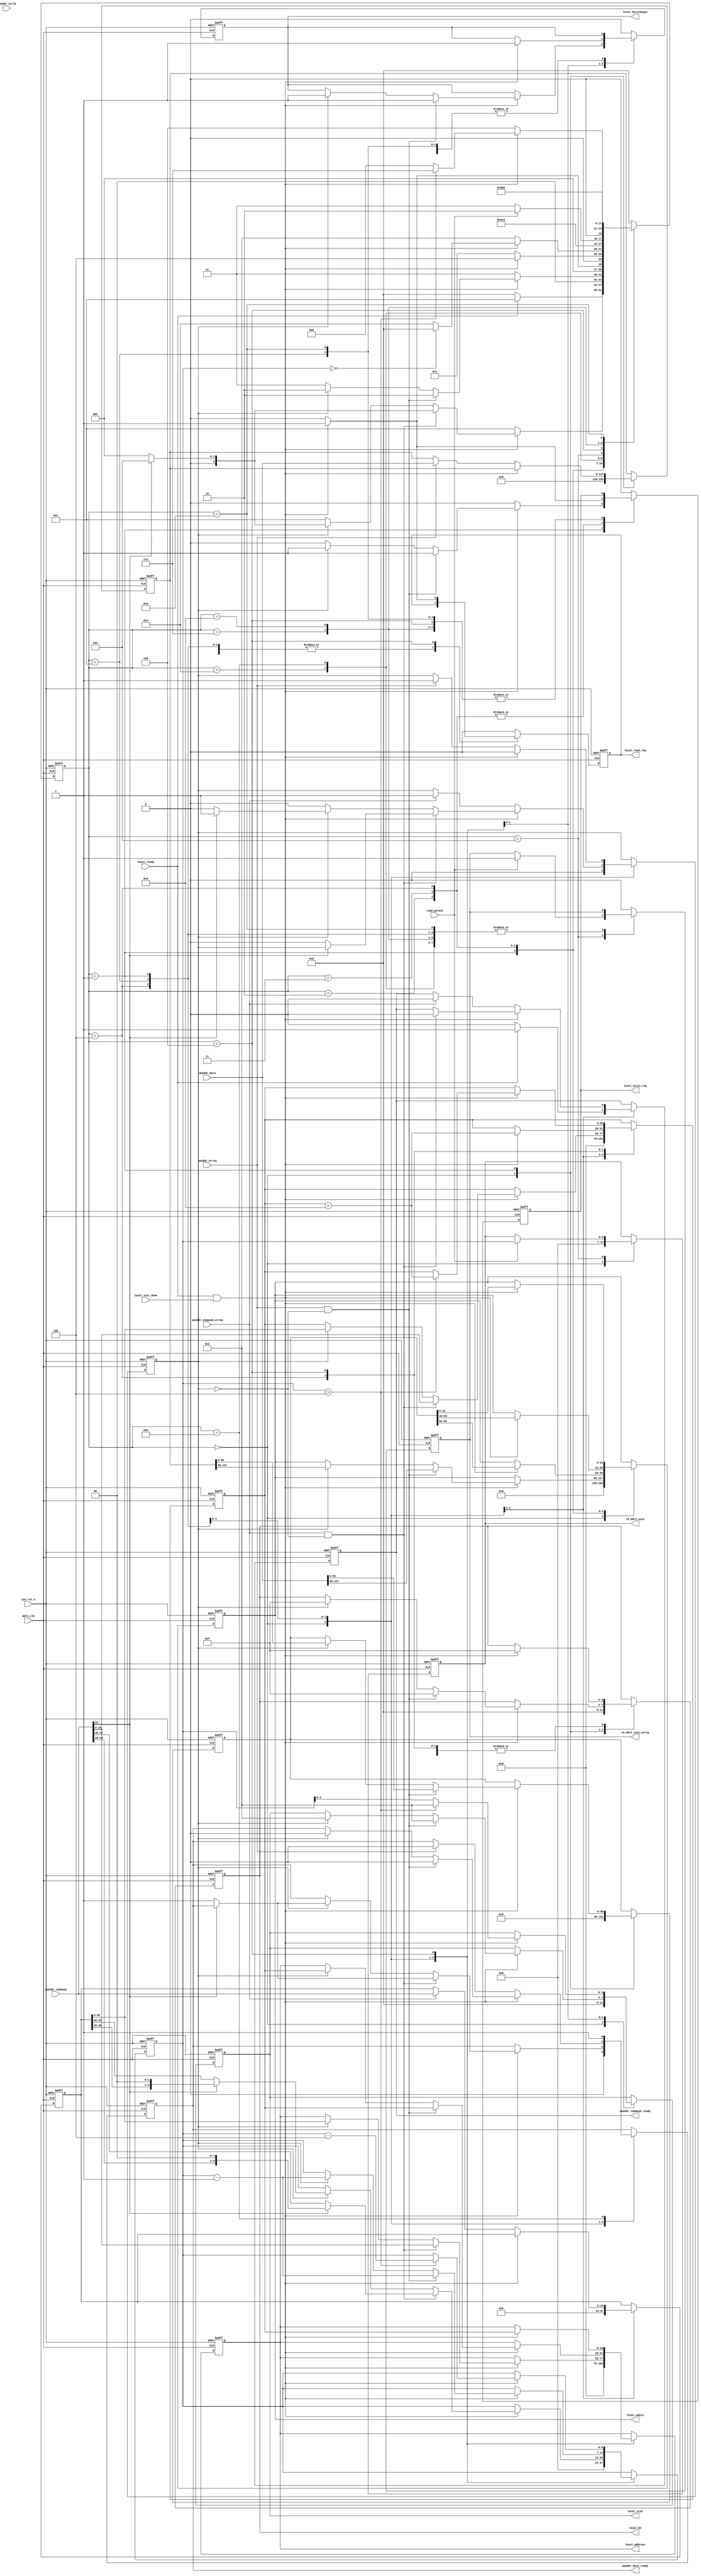
module ddr2_ctrl_input(
sys_rst_n,

ddr2_clk,
local_init_done,
local_ready,
local_address,
local_read_req,
local_write_req,
local_wdata,
local_be,
local_size,
local_burstbegin,


um2ddr_wrreq,
um2ddr_data,
um2ddr_data_ready,
um2ddr_command_ready,
um2ddr_command_wrreq,
um2ddr_command,
um2ddr_wrclk,
rd_ddr2_size,
rd_ddr2_size_wrreq,
read_permit
);
input          sys_rst_n;
input          ddr2_clk;
input		      local_ready;

input		      local_init_done;
		
output[25:0]	local_address;
output		   local_write_req;
output		   local_read_req;
output		   local_burstbegin;
output[31:0]	local_wdata;
output[3:0]    local_be;
output[3:0]	   local_size;

input          um2ddr_wrclk;
input          um2ddr_wrreq;
input	[127:0]  um2ddr_data; 
output         um2ddr_command_ready;
output         um2ddr_data_ready;
input          um2ddr_command_wrreq;
input	[33:0]   um2ddr_command;

output[6:0]    rd_ddr2_size;
output         rd_ddr2_size_wrreq;
input          read_permit;

/////////////////////////////////////
reg[25:0]	local_address;
reg		   local_write_req;
reg		   local_read_req;
reg		   local_burstbegin;
reg[31:0]	local_wdata;
reg[3:0]    local_be;
reg[3:0]	   local_size;
reg        um2ddr_data_ready;
reg        um2ddr_command_ready;
reg[6:0]    rd_ddr2_size;
reg         rd_ddr2_size_wrreq;
reg[95:0]   um2ddr_reg;
///////////////////////////////////
reg [6:0]  pkt_len;
reg [1:0]  shift;
reg [25:0] op_addr;
reg [33:0] command_reg;
reg [127:0] data_reg;
reg flag;
reg [3:0]  state;
///////////////////////////////////

///////////////////////////////////
parameter idle_s     = 4'h0,
          wr_start_s = 4'h1,
			 wr_mid_fs  = 4'h2,
			 wr_mid_sd  = 4'h3,
			 wr_end_s   = 4'h4,
			 rd_start_s = 4'h5,
			 rd_s       = 4'h6,
			 wait_s     = 4'h7,
			 wait_s1    =4'h8,
			 wait_s2    =4'h9,
			 wait_w     =4'ha,
			 wait_w1 =4'hb,
			 command=4'hc;
always@(posedge ddr2_clk or negedge sys_rst_n)
begin
    if(~sys_rst_n)begin
		   local_write_req      <= 1'b0;
		   local_read_req       <= 1'b0;
		   local_burstbegin     <= 1'b0;
			rd_ddr2_size_wrreq   <= 1'b0;
			command_reg<=34'b0;
			flag<=1'b0;
			data_reg<=128'b0;
			um2ddr_reg           <= 96'b0;
			shift                <= 2'b0;			
			local_address<=26'b0;
			local_wdata<=32'b0;
			local_be<=4'b0;
			local_size<=4'b0;
			um2ddr_data_ready<=1'b0;
			um2ddr_command_ready<=1'b0;
			rd_ddr2_size<=7'b0;
///////////////////////////////////
			pkt_len<=7'b0;
			shift<=2'b0;
			op_addr<=26'b0;			
			state <= idle_s;
	   end
	 else begin
	    case(state)
		   idle_s:begin
			local_write_req      <= 1'b0;
			local_read_req       <= 1'b0;
			local_burstbegin     <= 1'b0;
			rd_ddr2_size_wrreq   <= 1'b0;
			command_reg<=34'b0;
			flag<=1'b0;
			data_reg<=128'b0;
			um2ddr_reg           <= 96'b0;
			shift                <= 2'b0;			
			local_address<=26'b0;
			local_wdata<=32'b0;
			local_be<=4'b0;
			local_size<=4'b0;
			um2ddr_data_ready<=1'b0;
			um2ddr_command_ready<=1'b0;
			rd_ddr2_size<=7'b0;
///////////////////////////////////
			pkt_len<=7'b0;
			shift<=2'b0;
			op_addr<=26'b0;	
			    if(local_ready)begin
					um2ddr_command_ready<=1'b1;
					state  <= command;					
				end
				else begin
				state <= idle_s;
				end
			end
			command:begin
			if(local_ready && local_init_done)begin
				if(um2ddr_command_wrreq && flag==1'b0) begin			
					um2ddr_command_ready<=1'b0;
				    op_addr              <= um2ddr_command[25:0];
					 pkt_len              <= um2ddr_command[32:26];
					 local_address        <= um2ddr_command[25:0];
				    if(um2ddr_command[33])begin//read ddr2
					    pkt_len        <= um2ddr_command[32:26]<<2;
						 state          <=  rd_start_s;
						end
						else begin
							um2ddr_data_ready <= 1'b1;
							state <= wr_start_s;
							flag<=1'b0;
						end
					end
				  else if( flag==1'b1) begin
						 op_addr              <= command_reg[25:0];
					 pkt_len              <= command_reg[32:26];
					 local_address        <= command_reg[25:0];
				    if(um2ddr_command[33])begin//read ddr2
					    pkt_len        <= command_reg[32:26]<<2;
						 state          <=  rd_start_s;
						end
						else begin
							um2ddr_data_ready <= 1'b1;
							state <= wr_start_s;
							flag<=1'b0;
						end
					end
				else begin
				 state <= command;
				end
			end//endlocal_ready && local_init_done
			else begin
				if(um2ddr_command_wrreq)begin
					um2ddr_command_ready<=1'b0;
					flag<=1'b1;
					command_reg<=um2ddr_command;
					state          <=  command;
				end
				else begin
					state <= command;
				end
			end
		end
			wr_start_s:begin 
				  local_write_req   <= 1'b0;
			   if(local_ready && local_init_done )begin
				 if(um2ddr_wrreq && flag==1'b0) begin
					um2ddr_data_ready         <= 1'b0;
				    local_write_req   <= 1'b1;
					local_burstbegin  <= 1'b1;
					local_be          <= 4'hf;
					local_size        <= 4'h4;
					pkt_len           <= pkt_len - 1'b1;
					local_address     <= op_addr ;
					local_wdata       <= um2ddr_data[127:96];
				    um2ddr_reg        <= um2ddr_data[95:0];	 
					state             <= wr_mid_fs;
					flag<=1'b0;
				  end
				  else if( flag==1'b1)begin
					um2ddr_data_ready         <= 1'b0;
				   local_write_req   <= 1'b1;
					local_burstbegin  <= 1'b1;
					local_be          <= 4'hf;
					local_size        <= 4'h4;
					pkt_len           <= pkt_len - 1'b1;
					local_address     <= op_addr ;
					local_wdata       <= data_reg[127:96];
				    um2ddr_reg        <= data_reg[95:0];	 
					state             <= wr_mid_fs;
					flag<=1'b0;
					end
					else begin
				    state <= wr_start_s;
					 
					end
				end
			  else begin
				if(um2ddr_wrreq)begin
					um2ddr_data_ready         <= 1'b0;
					data_reg<=um2ddr_data;
					state <= wr_start_s;
					flag<=1'b1;
				end
				else begin
				state <= wr_start_s;
				end
				end
			end
			wr_mid_fs:
			   begin
			   local_write_req   <= 1'b0;
			      if(local_ready && local_init_done)
					 begin
					  local_write_req   <= 1'b1;
					  local_burstbegin  <= 1'b0;
					
					  local_be          <= 4'hf;
					  local_wdata       <= um2ddr_reg[95:64];
					  state             <= wr_mid_sd;
					 end
					else
					 begin
					  local_burstbegin  <= 1'b0;
					 
					  state             <= wr_mid_fs;
					 end
				end
			wr_mid_sd:
			   begin
			   local_write_req   <= 1'b0;
	 		      if(local_ready && local_init_done)
					 begin
					  local_write_req   <= 1'b1;
					  
					  local_be          <= 4'hf;
					  local_wdata       <= um2ddr_reg[63:32];
					  state             <= wr_end_s;
					 end
					else
					 begin
					  state             <= wr_mid_sd;
					 end
				end
			wr_end_s:
			   begin
			   local_write_req   <= 1'b0;
					if(local_ready && local_init_done)
					 begin
					  local_write_req   <= 1'b1;
					 
					  local_be          <= 4'hf;
					  local_wdata       <= um2ddr_reg[31:0];
					  op_addr           <= op_addr + 4'h8;
					  if(pkt_len == 7'h0)
					   begin
					    state      <= idle_s;
					   end
					  else
					   begin
					    
					    state             <= wait_w;
					   end
					 end
					else
					 begin
					  state             <= wr_end_s;
					 end
				end
			wait_w:begin
				local_write_req   <= 1'b0;
				state      <= wait_w1;
			end
			wait_w1:begin
				um2ddr_data_ready      <= 1'b1;
				state      <= wr_start_s;
			end
			
			
			
			
		   rd_start_s:begin
			
			      if(read_permit==1'b0)begin
					    state <= rd_start_s;
					  end
					else begin
					    rd_ddr2_size       <= pkt_len;
						 rd_ddr2_size_wrreq <= 1'b1;
						 state  <= rd_s;
					  end
			   end
			rd_s:begin 
			   rd_ddr2_size_wrreq <= 1'b0;
				if(local_ready && local_init_done)
			     begin
					 local_read_req   <= 1'b1;
					 local_burstbegin <= 1'b1;
                local_be         <= 4'hf;
					 local_address		<=	op_addr;
					 if(pkt_len > 7'h4)//zyl 8=>4
					   begin
 						  local_size <= 4'h4;
						  pkt_len    <= pkt_len - 4'h4;
						  op_addr    <= op_addr + 4'h8; 
						  state      <= wait_s;
					   end
					 else begin
						  local_size <= pkt_len[3:0];	//
						  state      <= idle_s;
					   end
				  end
				 else begin
				    local_read_req <= 1'b0;
				    state          <= rd_s;
				  end
			   end
			wait_s:begin
					
			       local_read_req <= 1'b0;
				    state          <= wait_s1;
				end
			wait_s1:begin
			       local_read_req <= 1'b0;
				    state          <= wait_s2;
				end
				
				
			wait_s2:begin
			       local_read_req <= 1'b0;
				    state          <= rd_s;
				end
			     
			default:begin
			     local_write_req      <= 1'b0;
		        local_read_req       <= 1'b0;
		        local_burstbegin     <= 1'b0;
              rd_ddr2_size_wrreq   <= 1'b0;
			     state <= idle_s; 
				end
		 endcase
	 end
end
endmodule